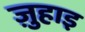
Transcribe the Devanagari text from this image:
ज़ुहाइ